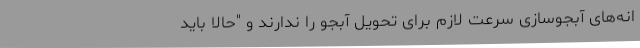
انه‌های آبجوسازی سرعت لازم برای تحویل آبجو را ندارند و "حالا باید